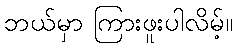
ဘယ်မှာ ကြားဖူးပါလိမ့်။